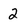
Character: 2